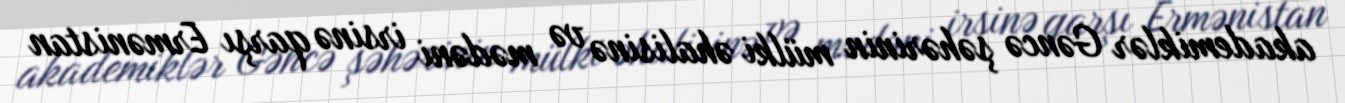
akademiklər Gəncə şəhərinin mülki əhalisinə və mədəni irsinə qarşı Ermənistan